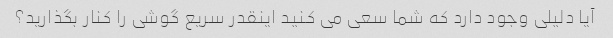
آیا دلیلی وجود دارد که شما سعی می کنید اینقدر سریع گوشی را کنار بگذارید؟